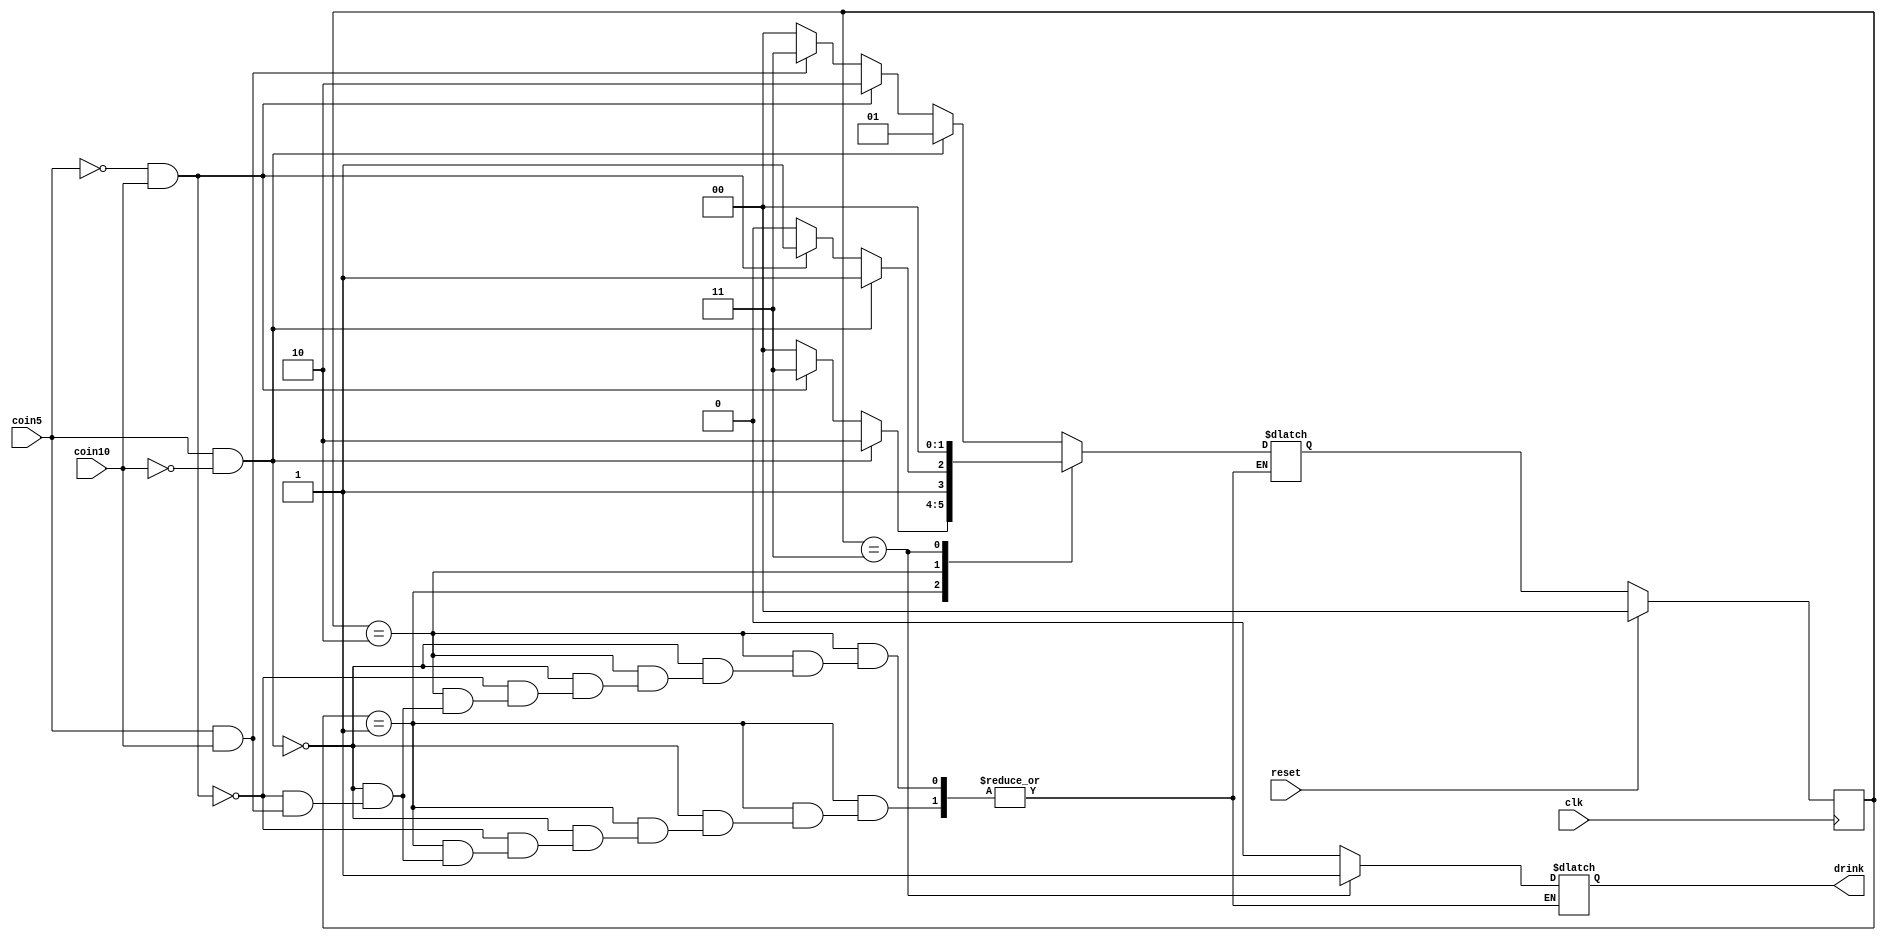
module vending (
  output drink,
  input coin5, coin10, reset, clk
);

reg [1:0] cst, nst;
reg drink;

parameter hasCoin0 = 2'b00,
  hasCoin5 = 2'b01,
  hasCoin10 = 2'b10,
  hasCoin15 = 2'b11;

always @(cst or coin5 or coin10)
begin
  case (cst)
    hasCoin0: 
      if(coin5 == 1'b1 && coin10 == 1'b0)
      begin
        nst = hasCoin5;
        drink = 1'b0;
      end
      else if(coin5 == 1'b0 && coin10 == 1'b1)
      begin
        nst = hasCoin10;
        drink = 1'b0;
      end
      else if(coin5 == 1'b1 && coin10 == 1'b1)
      begin
        nst = hasCoin15;
        drink = 1'b0;
      end
      else //coin5 = 0, coin10 = 0
      begin
        nst = hasCoin0;
        drink = 1'b0;
      end

    hasCoin5:
      if(coin5 == 1'b1 && coin10 == 1'b0)
      begin
        nst = hasCoin10;
        drink = 1'b0;
      end
      else if(coin5 == 1'b0 && coin10 == 1'b1)
      begin
        nst = hasCoin15;
        drink = 1'b0;
      end
      else if(coin5 == 1'b1 && coin10 == 1'b1)
      begin
        //don't cares
      end
      else
      begin
        nst = hasCoin0;
        drink = 1'b0;
      end

    hasCoin10:
      if(coin5 == 1'b1 && coin10 == 1'b0)
      begin
        nst = hasCoin15;
        drink = 1'b0;
      end
      else if(coin5 == 1'b0 && coin10 == 1'b1)
      begin
        nst = hasCoin15;
        drink = 1'b0;
      end
      else if(coin5 == 1'b1 && coin10 == 1'b1)
      begin
        //don't cares
      end
      else
      begin
        nst = hasCoin10;
        drink = 1'b0;
      end
    hasCoin15:
    begin
      nst = hasCoin0;
      drink = 1'b1;
    end
    default: nst = hasCoin0;
  endcase
end

always @ (posedge clk)
begin
  begin
    if(reset)
      cst <= hasCoin0;
    else
      cst <= nst;
  end
end

endmodule